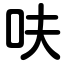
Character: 呋